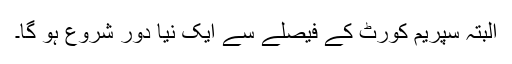
البتہ سپریم کورٹ کے فیصلے سے ایک نیا دور شروع ہو گا۔